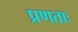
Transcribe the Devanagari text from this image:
प्रणताः